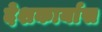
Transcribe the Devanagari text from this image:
देशकार्यास